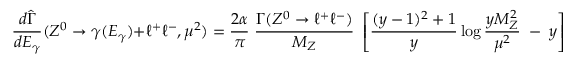
\frac { d \widehat { \Gamma } } { d E _ { \gamma } } ( Z ^ { 0 } \rightarrow \gamma ( E _ { \gamma } ) + \ell ^ { + } \ell ^ { - } , \mu ^ { 2 } ) = \frac { 2 \alpha } { \pi } \; \frac { \Gamma ( Z ^ { 0 } \rightarrow \ell ^ { + } \ell ^ { - } ) } { M _ { Z } } \; \left[ \frac { ( y - 1 ) ^ { 2 } + 1 } { y } \log { \frac { y M _ { Z } ^ { 2 } } { \mu ^ { 2 } } } \; - \; y \right] .